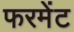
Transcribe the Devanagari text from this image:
फरमेंट